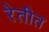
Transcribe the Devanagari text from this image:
रेतीत